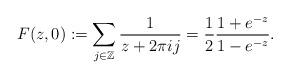
LaTeX: \begin{align*}F(z,0) := \sum_{ j \in \mathbb{Z}} \frac{ 1}{ z + 2 \pi i j } = \frac{1}{2} \frac{ 1 + e^{-z}}{ 1 - e^{ -z}} .\end{align*}